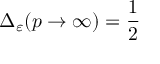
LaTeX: \Delta _ { \varepsilon } ( p \rightarrow \infty ) = \frac { 1 } { 2 }